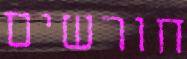
חורשים